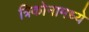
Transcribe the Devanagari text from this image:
त्रिकोनामध्ये